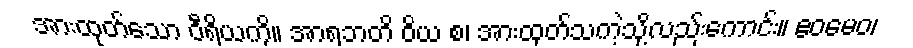
အားထုတ်သော ဝီရိယကို။ အာရဘတိ ဝိယ စ၊ အားထုတ်သကဲ့သို့လည်းကောင်း။ ဧဝမေဝ၊